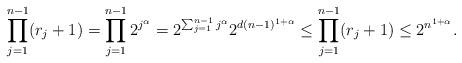
LaTeX: \begin{align*}\prod_{j=1}^{n-1} (r_{j} + 1) = \prod_{j=1}^{n-1} 2^{j^{\alpha}} = 2^{\sum_{j=1}^{n-1} j^{\alpha}}2^{d(n-1)^{1+\alpha}} \leq \prod_{j=1}^{n-1} (r_{j}+1) \leq 2^{n^{1+\alpha}}.\end{align*}